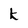
Character: k